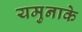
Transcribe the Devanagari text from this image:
यमुनाके